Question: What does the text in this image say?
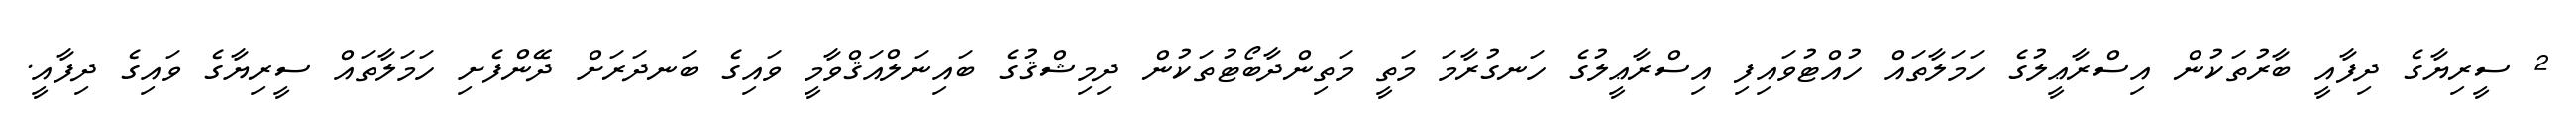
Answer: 2 ސީރިޔާގެ ދިފާއީ ބާރުތަކުން އިސްރާޢީލުގެ ހަމަލާތައް ހުއްޓުވައިފި އިސްރާޢީލުގެ ހަނގުރާމަ މަތީ މަތިންދާބޯޓުތަކުން ދިމިޝްޤުގެ ބައިނަލްއަޤްވާމީ ވައިގެ ބަނދަރަށް ދޭންފެށި ހަމަލާތައް ސީރިޔާގެ ވައިގެ ދިފާއީ.